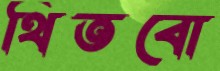
থিতবো